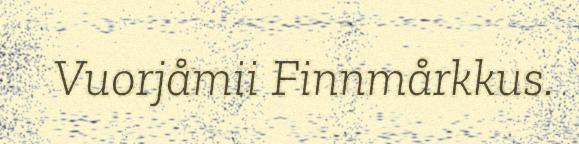
Vuorjåmii Finnmårkkus.